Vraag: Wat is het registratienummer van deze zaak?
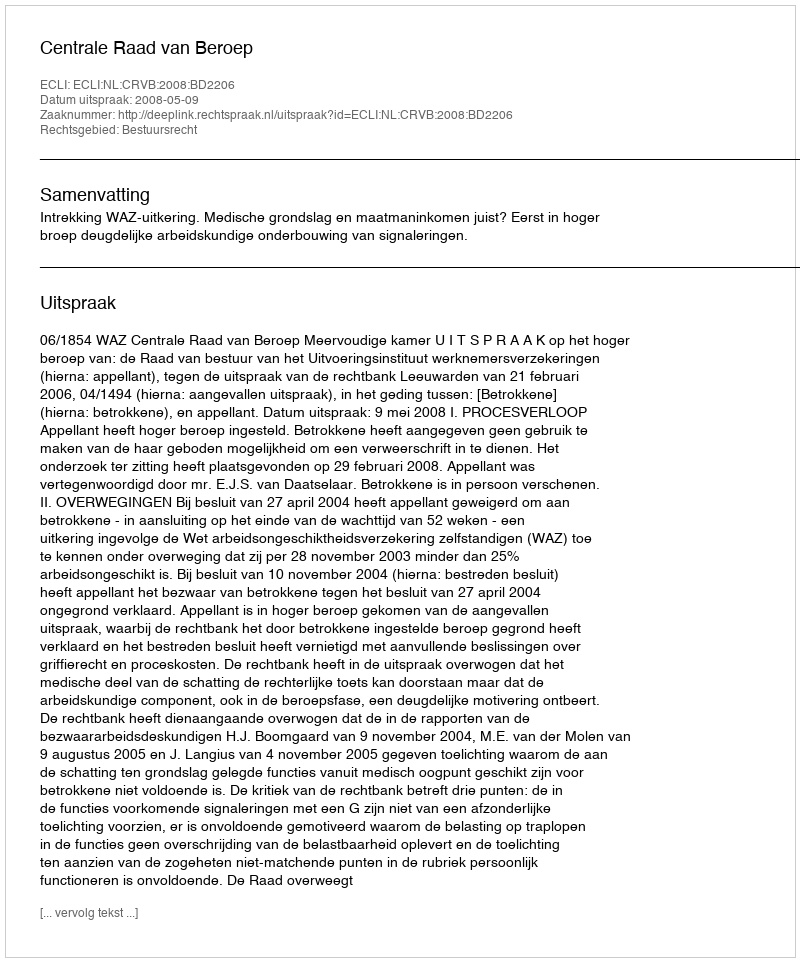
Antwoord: http://deeplink.rechtspraak.nl/uitspraak?id=ECLI:NL:CRVB:2008:BD2206